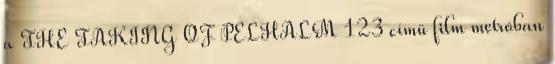
a THE TAKING OF PELHALM 123 címü film metróban